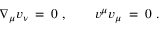
\nabla _ { \mu } v _ { \nu } \: = \: 0 \ , \ \ \ \ \ \ v ^ { \mu } v _ { \mu } \: = \: 0 \ .